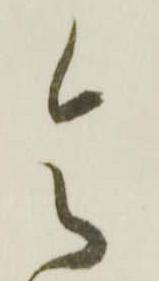
令